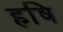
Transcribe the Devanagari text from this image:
हषि